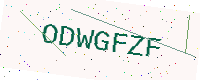
Text: ODWGFZF